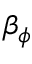
\beta _ { \phi }